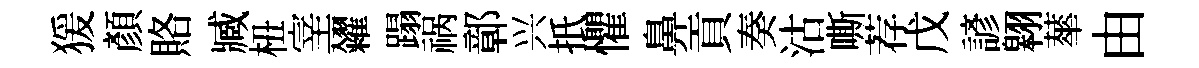
猨顏賂臧杻宰一糴蹋祸鄣兴扺懼鼻貢奏沽嘶荐戊諺翱蕐由